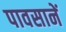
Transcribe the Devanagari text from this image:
पावसानें